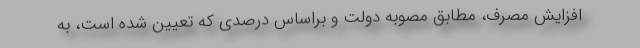
افزایش مصرف، مطابق مصوبه دولت و براساس درصدی که تعیین شده است، به